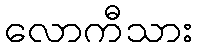
လောကီသား